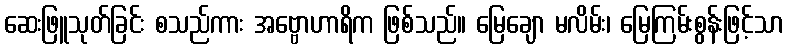
ဆေးဖြူသုတ်ခြင်း စသည်ကား အဗ္ဗောဟာရိက ဖြစ်သည်။ မြေချော မလိမ်း၊ မြေကြမ်းစွန်းဖြင့်သာ